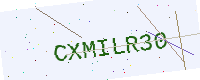
Text: CXMILR30